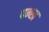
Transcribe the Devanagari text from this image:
पन्ख